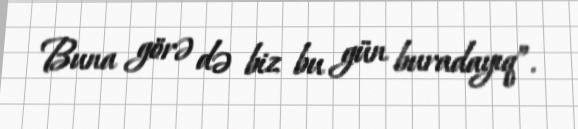
Buna görə də biz bu gün buradayıq”.